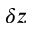
\delta z